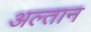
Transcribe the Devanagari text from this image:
अल्तान